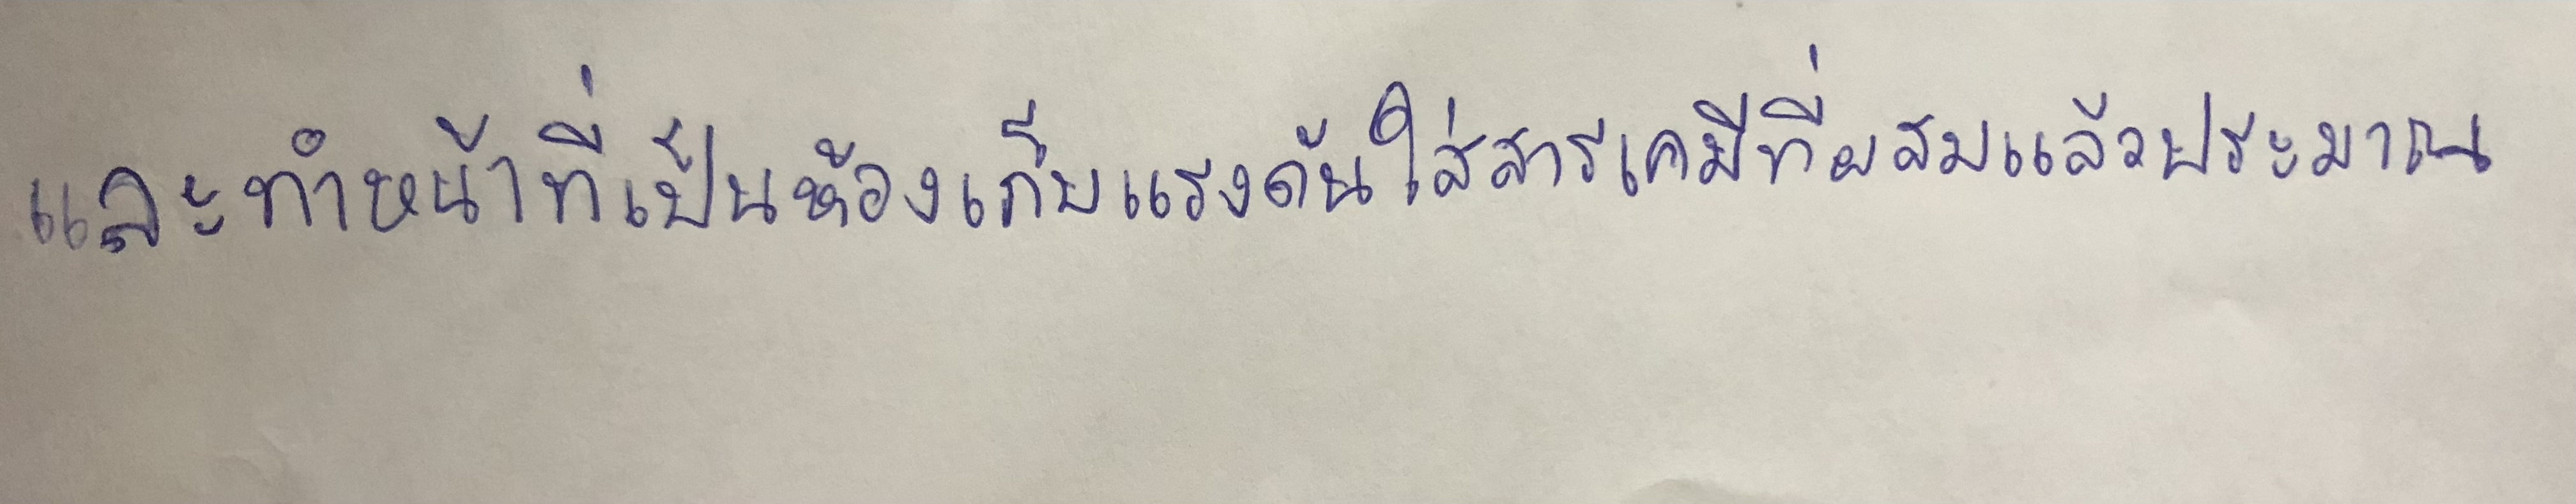
และทำหน้าที่เป็นห้องเก็บแรงดันใส่สารเคมีที่ผสมแล้วประมาณ